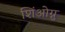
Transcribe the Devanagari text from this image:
शिंओग्नु